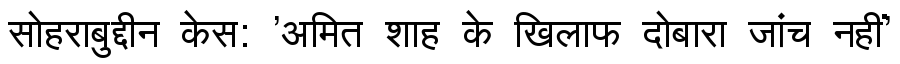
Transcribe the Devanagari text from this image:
सोहराबुद्दीन केस: 'अमित शाह के खिलाफ दोबारा जांच नहीं'